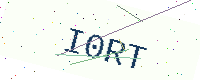
Text: I0RT